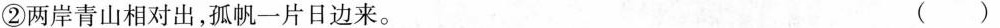
②两岸青山相对出，孤帆一片日边来。（ ）